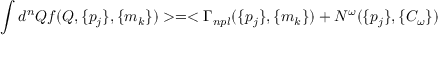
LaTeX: \int d ^ { n } Q f ( Q , \{ p _ { j } \} , \{ m _ { k } \} ) > = < \Gamma _ { n p l } ( \{ p _ { j } \} , \{ m _ { k } \} ) + N ^ { \omega } ( \{ p _ { j } \} , \{ C _ { \omega } \} )